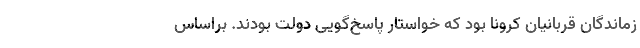
زماندگان قربانیان کرونا بود که خواستار پاسخ‌گویی دولت بودند. براساس